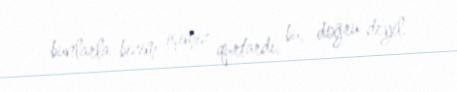
bunlarla bizim işimiz qurtardı, bu, doğru deyil.